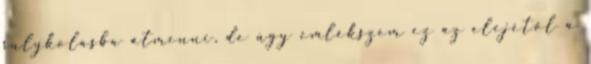
sulykolásba átmenni, de úgy emlékszem ez az elejétől a